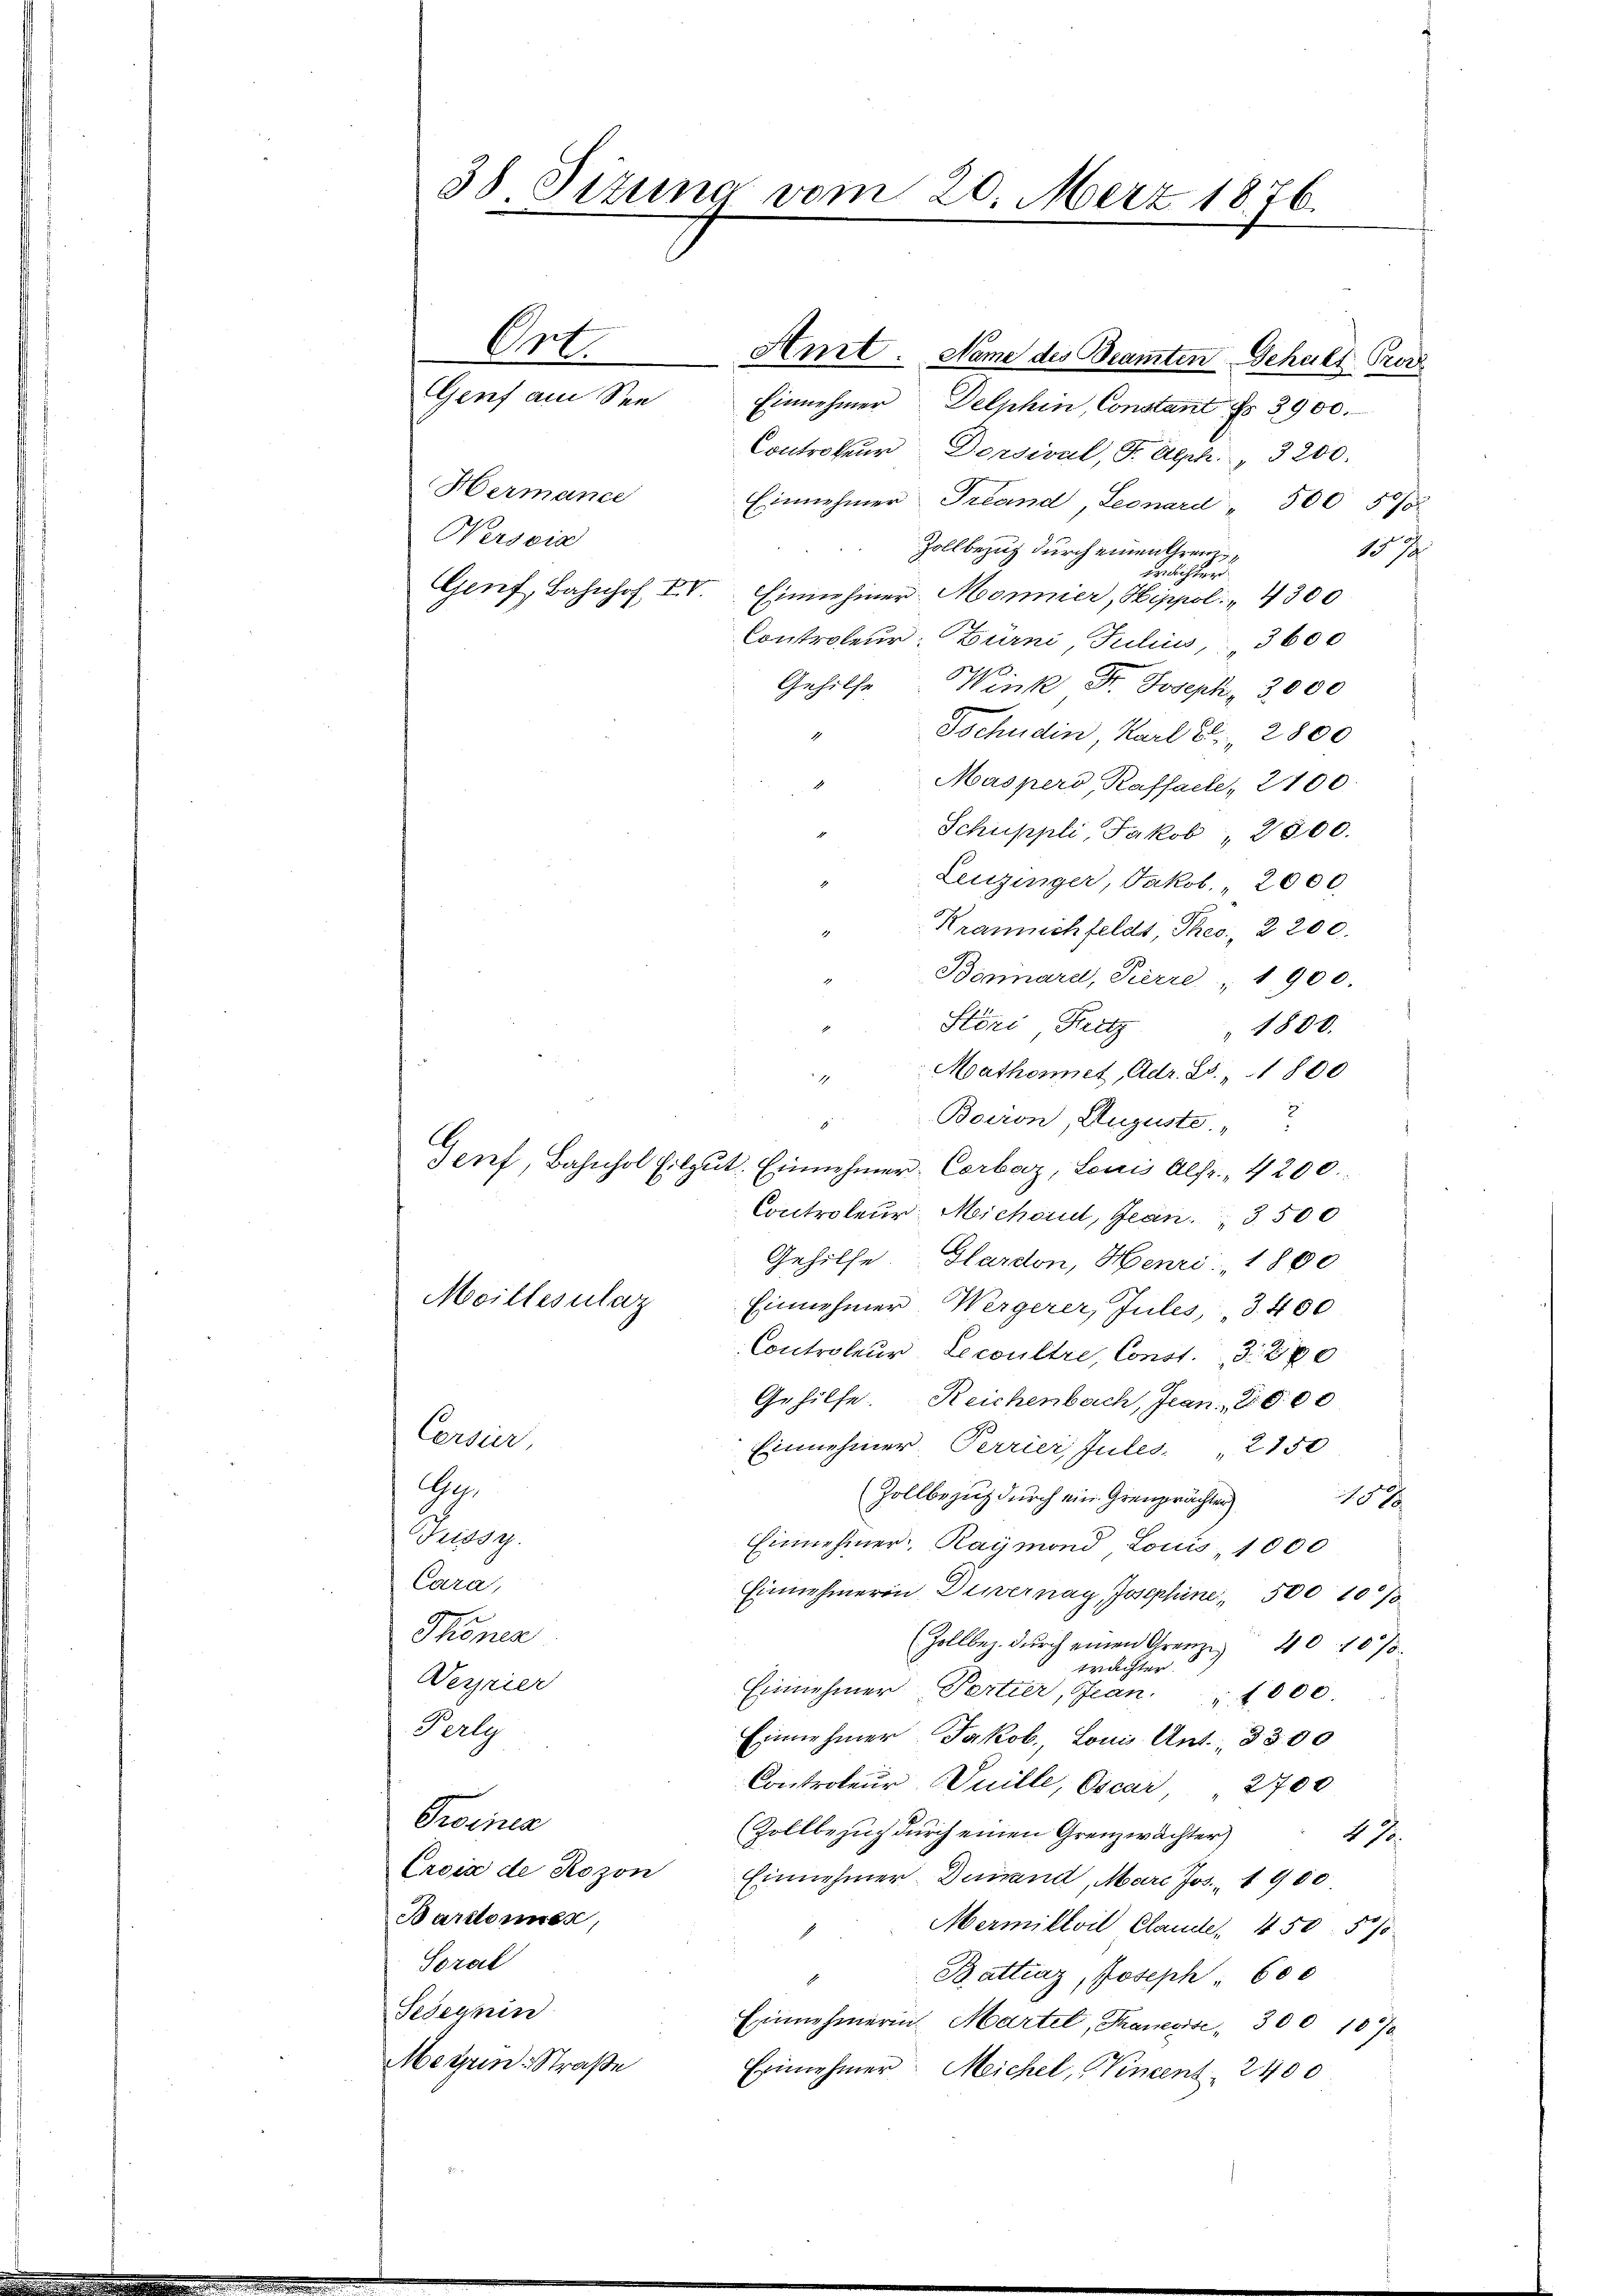
Ort. Art. Name des Beamten Gehalt Per
Einnehmer Delphin, Constant Nr. 3900.
Controleur Dessivul, F. Aeph. 3200.
Hermance
Einnehmer Trand, Leonard " 500 50/5
Wersvia
157
Zollbezug durch einen Frage
Genf, Bahnhof, VV. Einnehmer Monnier, Hippol. 4300
Controleur. Bürni, Julius, 3600
ges
Gehilfe
Wink Dr. Joseph, 3000
Tschudin, Karl S. 2800
Masperd, Kassache, 2700.
Schuppli, Jakob, 2800.
Leuzinger, Jakob. " 2000
Krannichfeldt, Theo., 2200.
Bönnard, Pierre 1900.
Störi Pertz " 1800.
"Mathonnet, Adr. 28. 1800
Bairon, Auguste.

Genf, Bahnhol Eilgut. Einnehmer Corbasz, Louis Alfr., 4200.
Controleur Michend, Jean 3500
Gehilfe Glardon, Henri " 1800
Moiltesulaz
Einnehmer Wergerer, Jules, 3. 400
Controleur Leccultre, Const. 3. 370
Gehilfe. Reichenbach, Jean 2000
Cersier,
Einnehmer Perrier, Jules. 2150
Ge
(Zollbezug durch ein Grenprächter
102
Tettog
Einnehmer. Raymond Louis 1000
Cara,
Einnehmerin Diernach Josephine 500 1078
Thonen
(Zollbez. dŭrch einen Grenze 40. 107.
trächter
Verrier
Einnehmer Pertier, Jan. 1000.
Perle
Einnehmer Jakob, Louis Ant. 3300
Controleur Juille, Oscar 2700
Groinea
(Zollbezug durch einen Grenzwächter)
21.
Croix de Rozon
Einnehmer Dunand, Mare Jos. 1900
Barttonen,
Mermittvil Claude 450. 570
Soral
Battiaz, Joseph 600
Sedermin
Erinnehmerin. Martel, Traneose, 300 1870
Megen-Straße
Erinnehmer Michel, Vincent 2400

38 Sizung vom 20. März 1876.

Genf am See